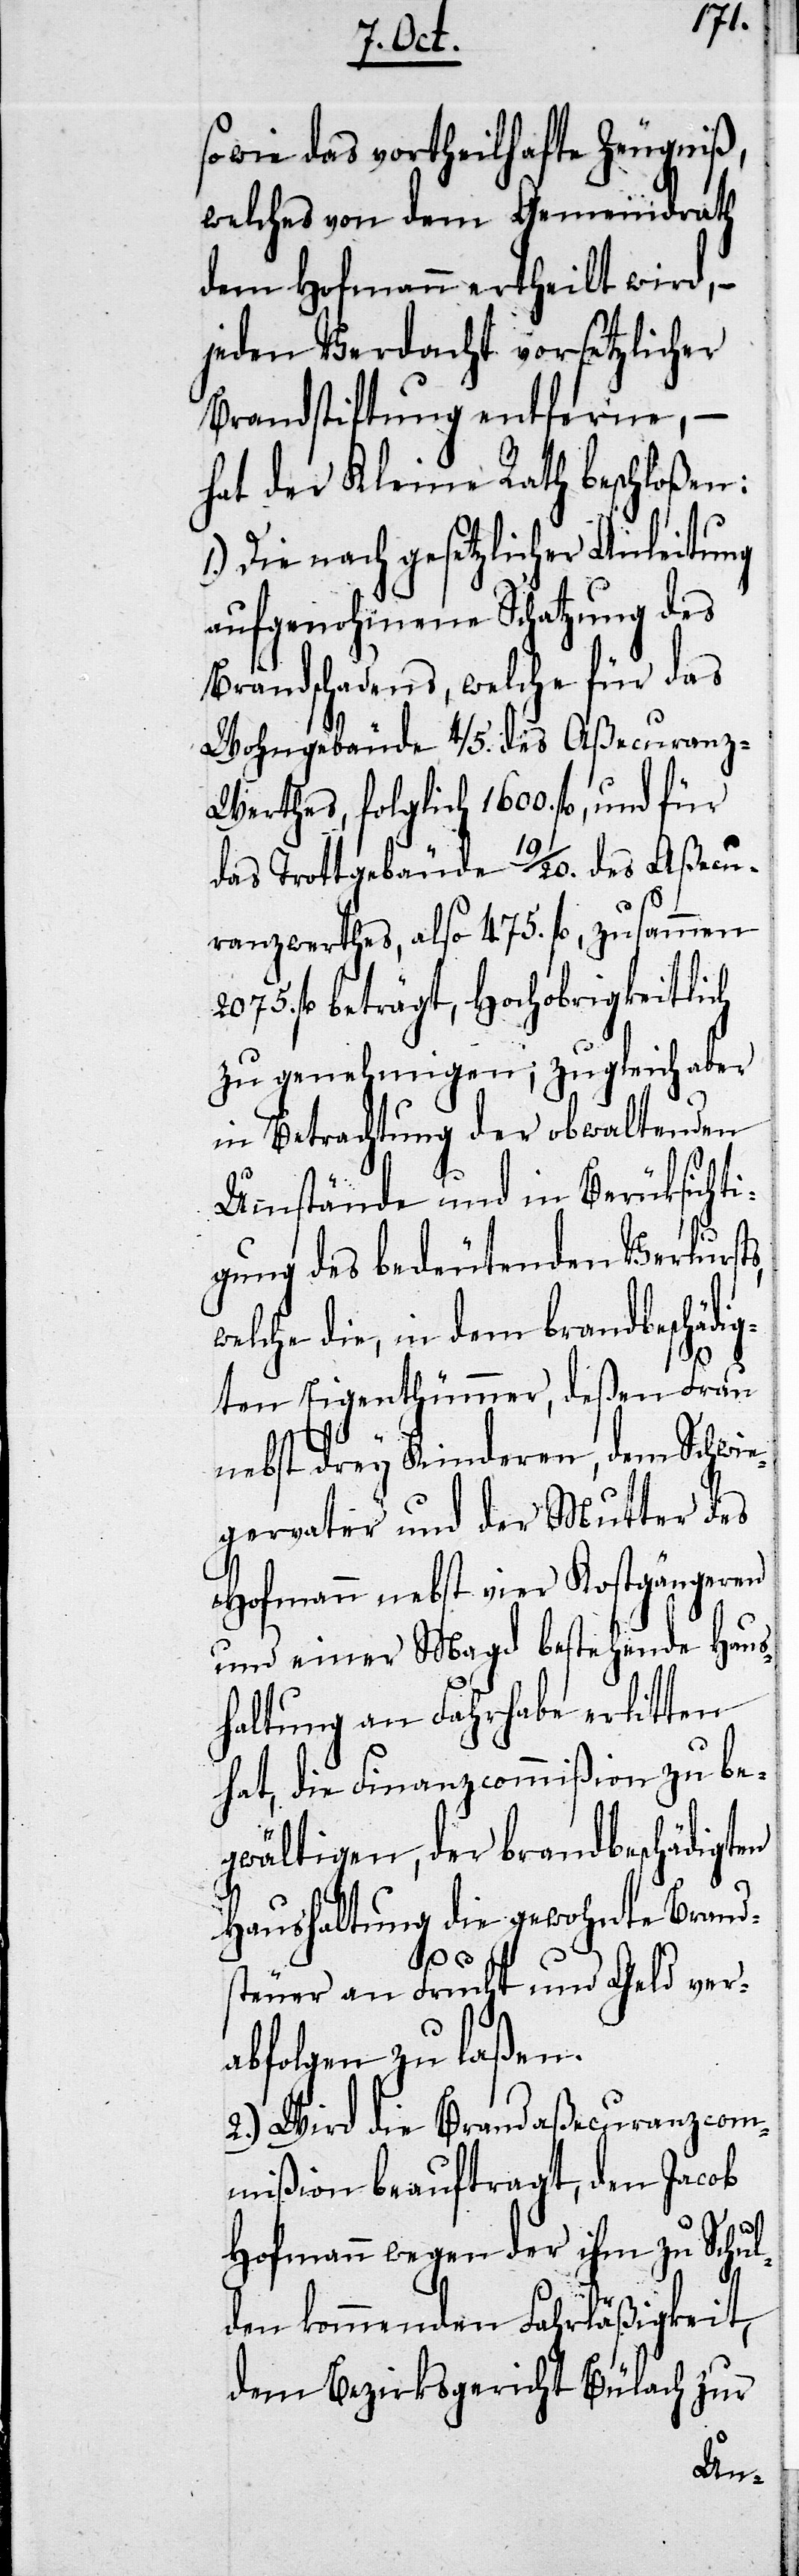
so wie das vortheilhafte Zeugniß,
welches von dem Gemeindrath
dem Hofmann ertheilt wird, –
jeden Verdacht vorsetzlicher
Brandstiftung entferne,
hat der Kleine Rath beschloßen:
Die nach gesetzlicher Anleitung
aufgenohmene Schatzung des
Brandschadens, welche für das
Wohngebäude 4/5. des Aßecuranz-W¬
erthes, folglich 1600. fl, und für
das Trottgebäude 19/20. des Aßecu¬
ranzwerthes, also 475. fl, zusammen
2075. fl beträgt, Hochobrigkeitlich
zu genehmigen; zugleich aber
in Betrachtung der obwaltenden
Umstände und in Berüksich¬
gung des bedeutenden Verlusts,
welches die, in dem brandbeschäd¬
ten Eigenthümmer, deßen Frau
nebst drey Kinderen, dem Schw¬
gervater und der Mutter des
Hofmann nebst vier Kostgänger¬
und einer Magd bestehende Haus¬
haltung an Fahrhabe erlitten
hat, die Finanzcommißion zu be¬
gwältigen, der brandbeschädigten
Haushaltung die gewohnte Bran¬
d¬
steuer an Frucht und
abfolgen zu laßen.
2.) Wird die Brandaßecuranzcom¬
mißion beauftragt, den Jacob
Hofmann wegen der ihm zu Sch¬
den kommenden Fahrläßigk¬
Büla¬
ch
dem Bezirksge¬

zur